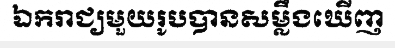
ឯករាជ្យមួយរូបបានសម្លឹងឃើញ